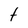
Character: t